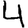
Digit: 4